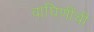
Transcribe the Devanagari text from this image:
वाघिणींची